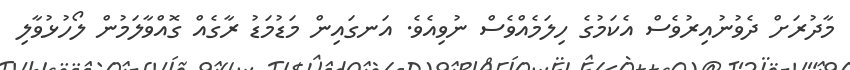
މާދުރަށް ދެވުނުއިރުވެސް އެކަމުގެ ހިލަމެއްވެސް ނުވިއެވެ. އަނގައިން މަޑުމަޑު ރާގެއް ގޮއްވާލަމުން ލޯހުޅުވާލި